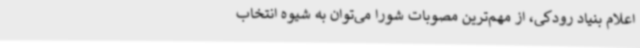
اعلام بنیاد رودکی، از مهم‌ترین مصوبات شورا می‌توان به شیوه انتخاب